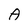
Character: A